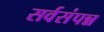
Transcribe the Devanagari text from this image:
सर्वसंपन्न